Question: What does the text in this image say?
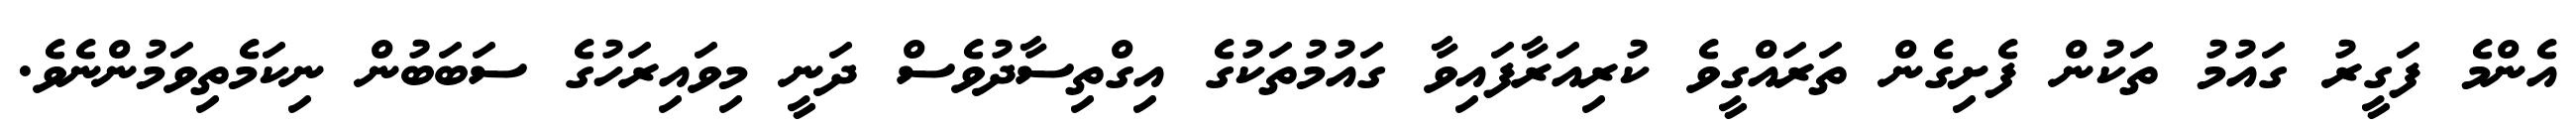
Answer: އެންމެ ފަގީރު ގައުމު ތަކުން ފެށިގެން ތަރައްގީވެ ކުރިއަރާފައިވާ ގައުމުތަކުގެ އިގްތިސާދުވެސް ދަނީ މިވައިރަހުގެ ސަބަބުން ނިކަމެތިވަމުންނެވެ.